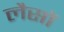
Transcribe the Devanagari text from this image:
लैसों